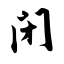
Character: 闭